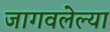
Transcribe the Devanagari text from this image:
जागवलेल्या